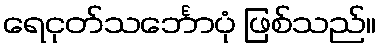
ရေငုတ်သင်္ဘောပုံ ဖြစ်သည်။